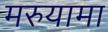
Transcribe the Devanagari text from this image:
मरुयामा